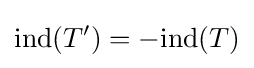
{\text{ind}}(T')=-{\text{ind}}(T)